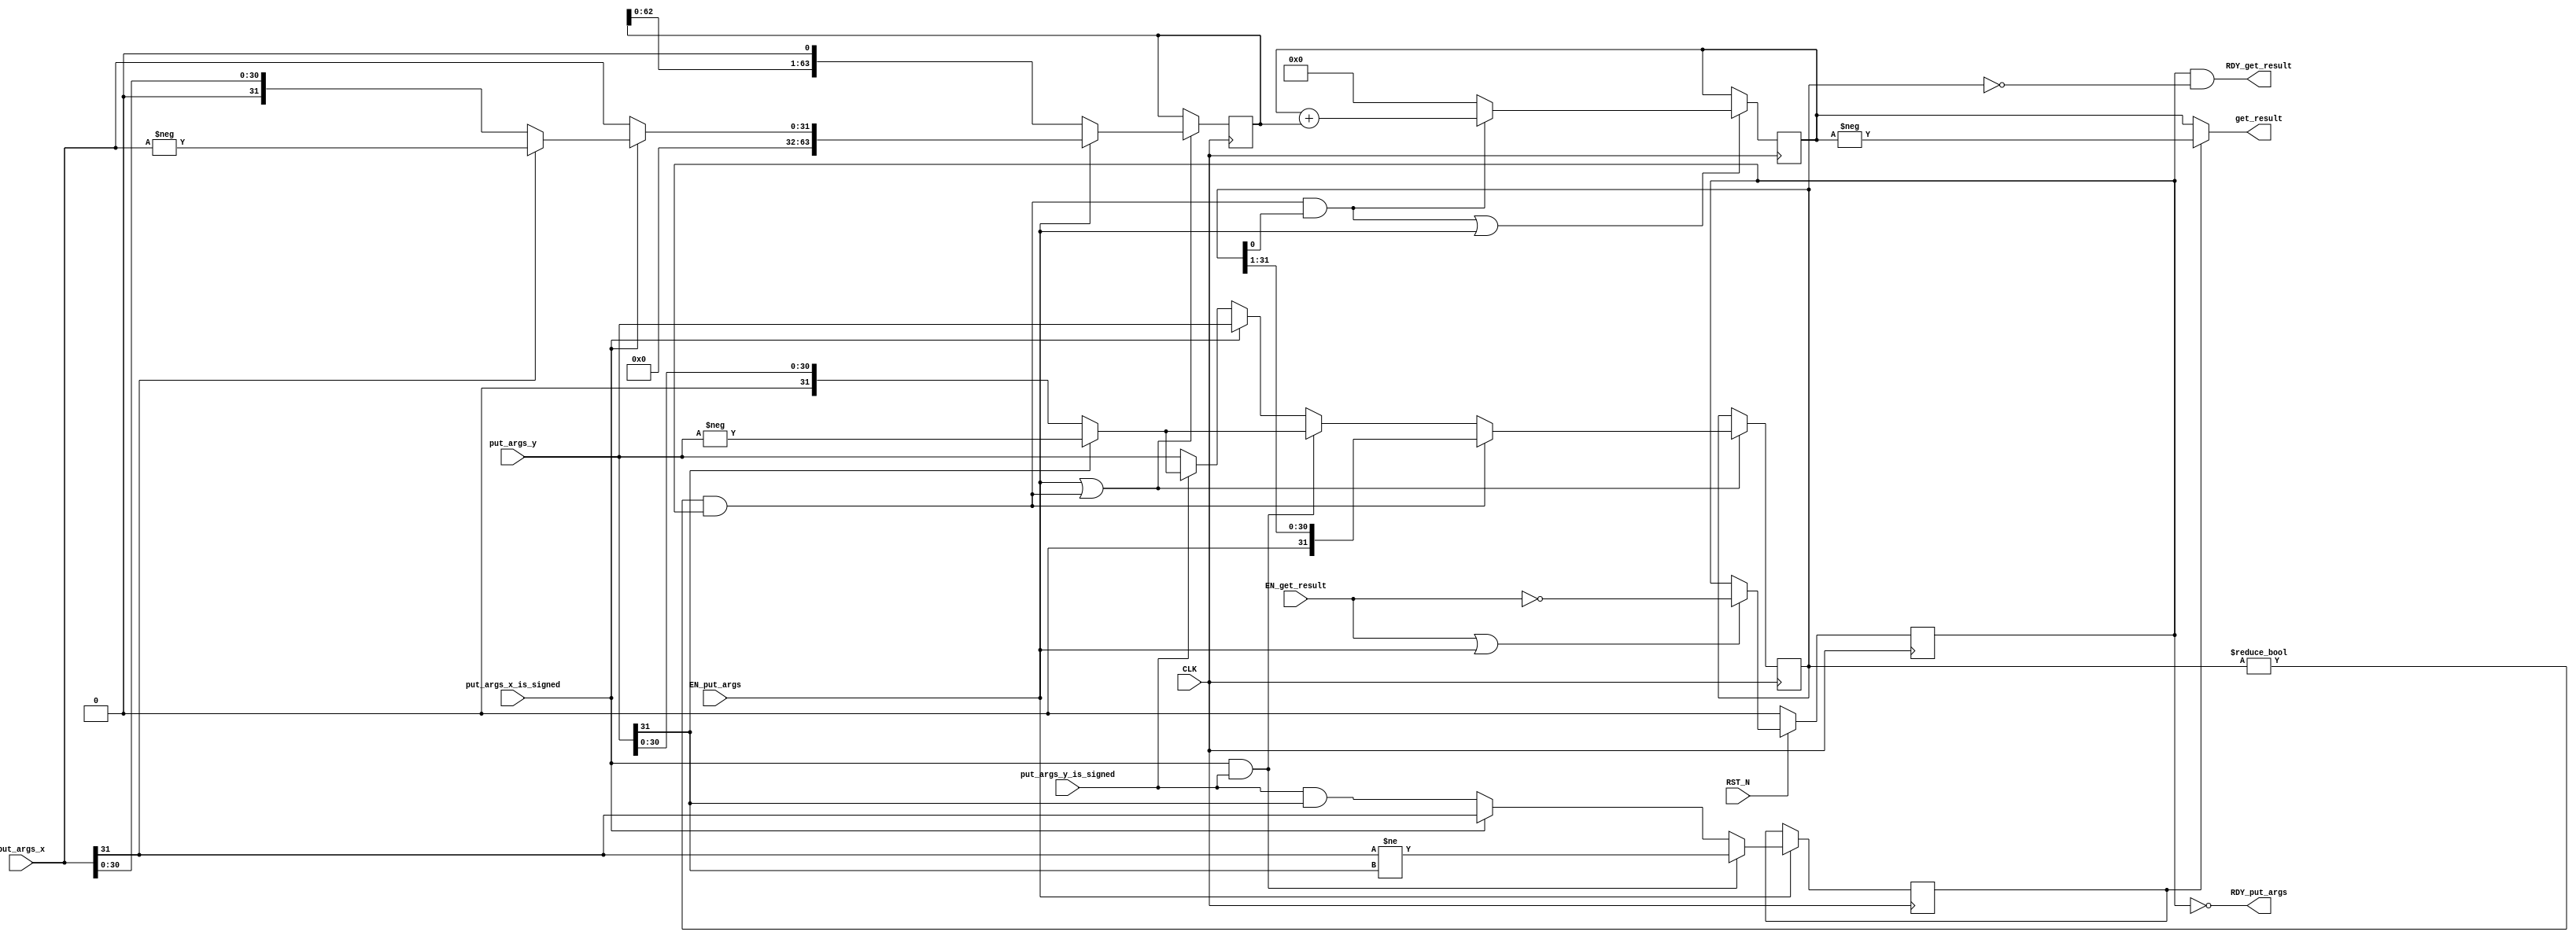
//
// Generated by Bluespec Compiler, version 2017.07.A (build 1da80f1, 2017-07-21)
//
// On Fri Aug  3 10:32:19 PDT 2018
//
//
// Ports:
// Name                         I/O  size props
// RDY_put_args                   O     1
// get_result                     O    64
// RDY_get_result                 O     1
// CLK                            I     1 clock
// RST_N                          I     1 reset
// put_args_x_is_signed           I     1
// put_args_x                     I    32
// put_args_y_is_signed           I     1
// put_args_y                     I    32
// EN_put_args                    I     1
// EN_get_result                  I     1
//
// No combinational paths from inputs to outputs
//
//

`ifdef BSV_ASSIGNMENT_DELAY
`else
  `define BSV_ASSIGNMENT_DELAY
`endif

`ifdef BSV_POSITIVE_RESET
  `define BSV_RESET_VALUE 1'b1
  `define BSV_RESET_EDGE posedge
`else
  `define BSV_RESET_VALUE 1'b0
  `define BSV_RESET_EDGE negedge
`endif

module mkIntMul_32(CLK,
		   RST_N,

		   put_args_x_is_signed,
		   put_args_x,
		   put_args_y_is_signed,
		   put_args_y,
		   EN_put_args,
		   RDY_put_args,

		   EN_get_result,
		   get_result,
		   RDY_get_result);
  input  CLK;
  input  RST_N;

  // action method put_args
  input  put_args_x_is_signed;
  input  [31 : 0] put_args_x;
  input  put_args_y_is_signed;
  input  [31 : 0] put_args_y;
  input  EN_put_args;
  output RDY_put_args;

  // actionvalue method get_result
  input  EN_get_result;
  output [63 : 0] get_result;
  output RDY_get_result;

  // signals for module outputs
  wire [63 : 0] get_result;
  wire RDY_get_result, RDY_put_args;

  // register m_rg_busy
  reg m_rg_busy;
  wire m_rg_busy$D_IN, m_rg_busy$EN;

  // register m_rg_isNeg
  reg m_rg_isNeg;
  wire m_rg_isNeg$D_IN, m_rg_isNeg$EN;

  // register m_rg_signed
  reg m_rg_signed;
  wire m_rg_signed$D_IN, m_rg_signed$EN;

  // register m_rg_x
  reg [63 : 0] m_rg_x;
  wire [63 : 0] m_rg_x$D_IN;
  wire m_rg_x$EN;

  // register m_rg_xy
  reg [63 : 0] m_rg_xy;
  wire [63 : 0] m_rg_xy$D_IN;
  wire m_rg_xy$EN;

  // register m_rg_y
  reg [31 : 0] m_rg_y;
  wire [31 : 0] m_rg_y$D_IN;
  wire m_rg_y$EN;

  // rule scheduling signals
  wire CAN_FIRE_RL_m_compute,
       CAN_FIRE_get_result,
       CAN_FIRE_put_args,
       WILL_FIRE_RL_m_compute,
       WILL_FIRE_get_result,
       WILL_FIRE_put_args;

  // inputs to muxes for submodule ports
  wire [63 : 0] MUX_m_rg_x$write_1__VAL_1,
		MUX_m_rg_x$write_1__VAL_2,
		MUX_m_rg_xy$write_1__VAL_1;
  wire [31 : 0] MUX_m_rg_y$write_1__VAL_1, MUX_m_rg_y$write_1__VAL_2;
  wire MUX_m_rg_xy$write_1__SEL_1;

  // remaining internal signals
  wire [63 : 0] xy___1__h666;
  wire [31 : 0] _theResult___fst__h479,
		_theResult___fst__h482,
		_theResult___fst__h524,
		_theResult___fst__h527,
		_theResult___snd_fst__h519;
  wire IF_put_args_x_is_signed_THEN_put_args_x_BIT_31_ETC___d29;

  // action method put_args
  assign RDY_put_args = !m_rg_busy ;
  assign CAN_FIRE_put_args = !m_rg_busy ;
  assign WILL_FIRE_put_args = EN_put_args ;

  // actionvalue method get_result
  assign get_result = m_rg_isNeg ? xy___1__h666 : m_rg_xy ;
  assign RDY_get_result = m_rg_busy && m_rg_y == 32'd0 ;
  assign CAN_FIRE_get_result = m_rg_busy && m_rg_y == 32'd0 ;
  assign WILL_FIRE_get_result = EN_get_result ;

  // rule RL_m_compute
  assign CAN_FIRE_RL_m_compute = m_rg_y != 32'd0 && m_rg_busy ;
  assign WILL_FIRE_RL_m_compute = CAN_FIRE_RL_m_compute ;

  // inputs to muxes for submodule ports
  assign MUX_m_rg_xy$write_1__SEL_1 = WILL_FIRE_RL_m_compute && m_rg_y[0] ;
  assign MUX_m_rg_x$write_1__VAL_1 = { 32'd0, _theResult___fst__h479 } ;
  assign MUX_m_rg_x$write_1__VAL_2 = { m_rg_x[62:0], 1'd0 } ;
  assign MUX_m_rg_xy$write_1__VAL_1 = m_rg_xy + m_rg_x ;
  assign MUX_m_rg_y$write_1__VAL_1 = { 1'd0, m_rg_y[31:1] } ;
  assign MUX_m_rg_y$write_1__VAL_2 =
	     (put_args_x_is_signed && put_args_y_is_signed) ?
	       _theResult___fst__h527 :
	       _theResult___snd_fst__h519 ;

  // register m_rg_busy
  assign m_rg_busy$D_IN = !EN_get_result ;
  assign m_rg_busy$EN = EN_get_result || EN_put_args ;

  // register m_rg_isNeg
  assign m_rg_isNeg$D_IN =
	     (put_args_x_is_signed && put_args_y_is_signed) ?
	       put_args_x[31] != put_args_y[31] :
	       IF_put_args_x_is_signed_THEN_put_args_x_BIT_31_ETC___d29 ;
  assign m_rg_isNeg$EN = EN_put_args ;

  // register m_rg_signed
  assign m_rg_signed$D_IN = 1'b0 ;
  assign m_rg_signed$EN = 1'b0 ;

  // register m_rg_x
  assign m_rg_x$D_IN =
	     EN_put_args ?
	       MUX_m_rg_x$write_1__VAL_1 :
	       MUX_m_rg_x$write_1__VAL_2 ;
  assign m_rg_x$EN = EN_put_args || WILL_FIRE_RL_m_compute ;

  // register m_rg_xy
  assign m_rg_xy$D_IN =
	     MUX_m_rg_xy$write_1__SEL_1 ? MUX_m_rg_xy$write_1__VAL_1 : 64'd0 ;
  assign m_rg_xy$EN = WILL_FIRE_RL_m_compute && m_rg_y[0] || EN_put_args ;

  // register m_rg_y
  assign m_rg_y$D_IN =
	     WILL_FIRE_RL_m_compute ?
	       MUX_m_rg_y$write_1__VAL_1 :
	       MUX_m_rg_y$write_1__VAL_2 ;
  assign m_rg_y$EN = WILL_FIRE_RL_m_compute || EN_put_args ;

  // remaining internal signals
  assign IF_put_args_x_is_signed_THEN_put_args_x_BIT_31_ETC___d29 =
	     put_args_x_is_signed ?
	       put_args_x[31] :
	       put_args_y_is_signed && put_args_y[31] ;
  assign _theResult___fst__h479 =
	     put_args_x_is_signed ? _theResult___fst__h482 : put_args_x ;
  assign _theResult___fst__h482 = put_args_x[31] ? -put_args_x : put_args_x ;
  assign _theResult___fst__h524 =
	     put_args_y_is_signed ? _theResult___fst__h527 : put_args_y ;
  assign _theResult___fst__h527 = put_args_y[31] ? -put_args_y : put_args_y ;
  assign _theResult___snd_fst__h519 =
	     put_args_x_is_signed ? put_args_y : _theResult___fst__h524 ;
  assign xy___1__h666 = -m_rg_xy ;

  // handling of inlined registers

  always@(posedge CLK)
  begin
    if (RST_N == `BSV_RESET_VALUE)
      begin
        m_rg_busy <= `BSV_ASSIGNMENT_DELAY 1'd0;
      end
    else
      begin
        if (m_rg_busy$EN) m_rg_busy <= `BSV_ASSIGNMENT_DELAY m_rg_busy$D_IN;
      end
    if (m_rg_isNeg$EN) m_rg_isNeg <= `BSV_ASSIGNMENT_DELAY m_rg_isNeg$D_IN;
    if (m_rg_signed$EN) m_rg_signed <= `BSV_ASSIGNMENT_DELAY m_rg_signed$D_IN;
    if (m_rg_x$EN) m_rg_x <= `BSV_ASSIGNMENT_DELAY m_rg_x$D_IN;
    if (m_rg_xy$EN) m_rg_xy <= `BSV_ASSIGNMENT_DELAY m_rg_xy$D_IN;
    if (m_rg_y$EN) m_rg_y <= `BSV_ASSIGNMENT_DELAY m_rg_y$D_IN;
  end

  // synopsys translate_off
  `ifdef BSV_NO_INITIAL_BLOCKS
  `else // not BSV_NO_INITIAL_BLOCKS
  initial
  begin
    m_rg_busy = 1'h0;
    m_rg_isNeg = 1'h0;
    m_rg_signed = 1'h0;
    m_rg_x = 64'hAAAAAAAAAAAAAAAA;
    m_rg_xy = 64'hAAAAAAAAAAAAAAAA;
    m_rg_y = 32'hAAAAAAAA;
  end
  `endif // BSV_NO_INITIAL_BLOCKS
  // synopsys translate_on
endmodule  // mkIntMul_32